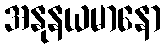
အနုနယမာနော